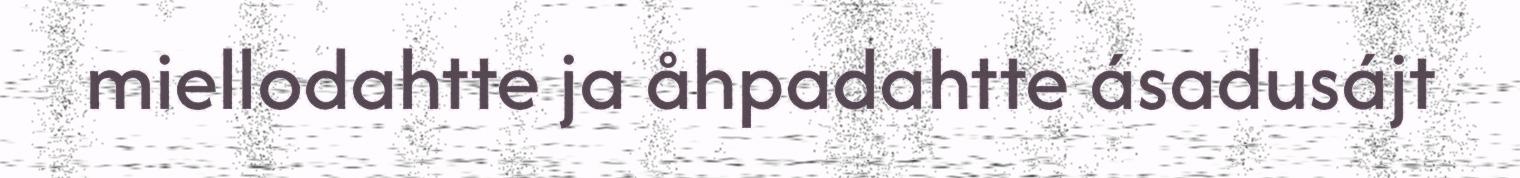
miellodahtte ja åhpadahtte ásadusájt